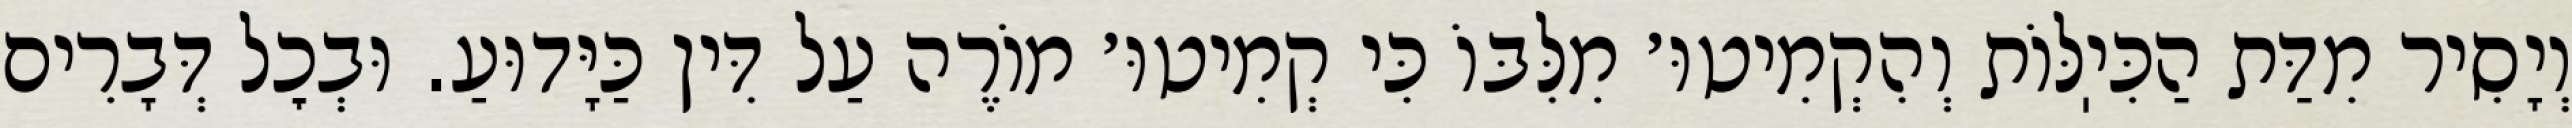
וְיָסִיר מִדַּת הַכִּיֽלּוֹת וְהִקְמִיטוּ׳ מִלִּבּוֹ כִּי קְמִיטוּ׳ מוֹרֶה עַל דִּין כַּיָּדוּעַ. וּבְכׇל דְּבָרִים